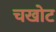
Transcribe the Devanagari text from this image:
चखोट